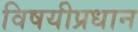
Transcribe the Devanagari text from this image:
विषयीप्रधान